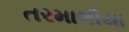
તરમાલીયા